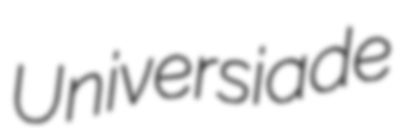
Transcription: Universiade